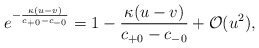
\begin{align*} e^{-\frac{\kappa(u-v)}{c_{+0}-c_{-0}}}=1-\frac{\kappa(u-v)}{c_{+0}-c_{-0}}+\mathcal{O}(u^2),\end{align*}